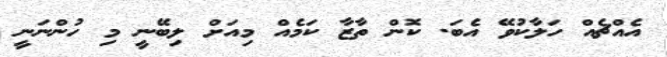
އެއްޗެއް ހަލާކުވޭ އެބަ. ކޮންް ތާޒާ ކަމެއް މިއަށް ލިބޭނީ މި ހުންނަނީ